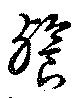
餮